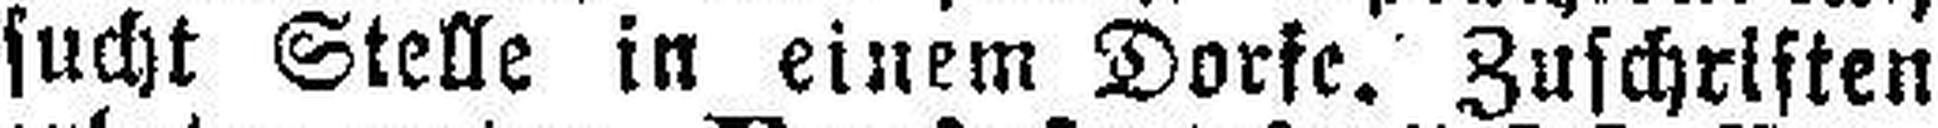
sucht Stelle in einem Dorfe. Zuschriften